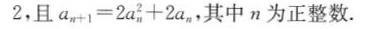
2，且a_n+1=2a_n^2+2a_n，，其中n为正整数